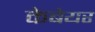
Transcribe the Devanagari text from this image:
केबेयर